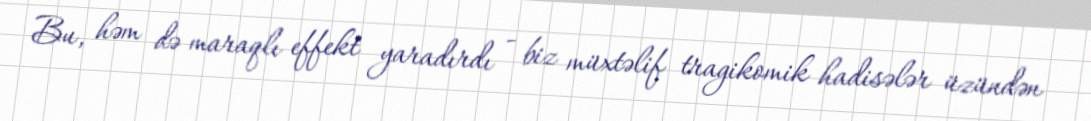
Bu, həm də maraqlı effekt yaradırdı - biz müxtəlif tragikomik hadisələr üzündən